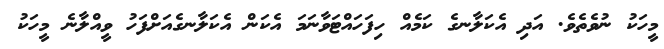
މީހަކު ނުވެތެވެ. އަދި އެކަލާނގެ ކަމެއް ހިފަހައްޓަވާނަމަ އެކަން އެކަލާނގެއަށްފަހު ވީއްލާނެ މީހަކު